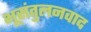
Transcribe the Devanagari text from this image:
भूसंतुलनवाद